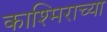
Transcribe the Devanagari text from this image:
काश्मिराच्या